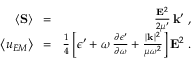
\begin{array} { r l r } { \left\langle { \bf { S } } \right\rangle \! } & { = } & { \! \frac { { \bf { E } } ^ { 2 } } { 2 \mu ^ { \prime } } \, { \bf k } ^ { \prime } \; , } \\ { \left\langle u _ { E M } \right\rangle \! } & { = } & { \! \frac { 1 } { 4 } \left[ \epsilon ^ { \prime } + \omega \, \frac { \partial \epsilon ^ { \prime } } { \partial \omega } + \frac { | { \bf { k } } | ^ { 2 } } { \mu \omega ^ { 2 } } \right] { \bf { E } } ^ { 2 } \; . } \end{array}